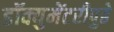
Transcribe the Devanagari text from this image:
डॉक्युमेंटरीपुढे